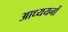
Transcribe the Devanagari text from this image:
आध्ययनों